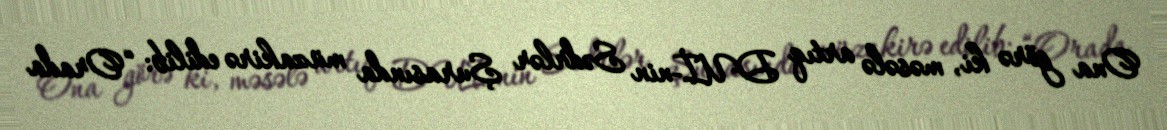
Ona görə ki, məsələ artıq DUİ-nin Sədrlər Şurasında müzakirə edilib: “Orada